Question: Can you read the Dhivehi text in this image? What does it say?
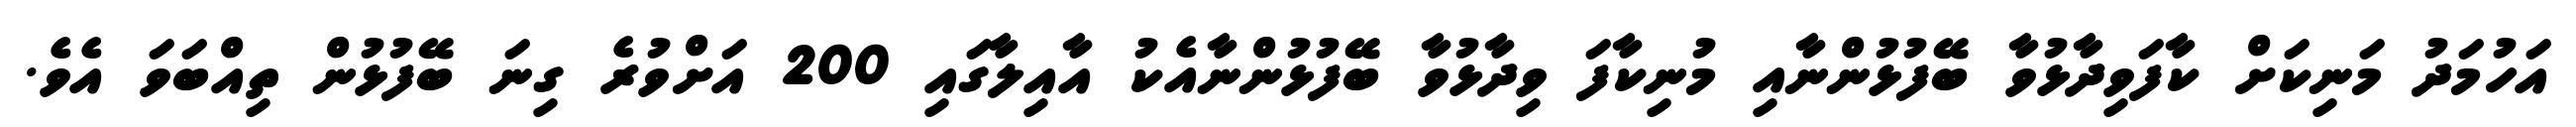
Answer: އަހުމަދު މަނިކަށް ކާފަވިދާޅުވާ ބޭފުޅުންނާއި މުނިކާފަ ވިދާޅުވާ ބޭފުޅުންނާއެކު އާއިލާގައި 200 އަށްވުރެ ގިނަ ބޭފުޅުން ތިއްބަވަ އެވެ.